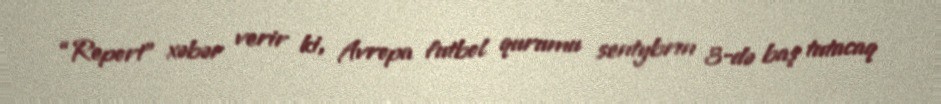
“Report” xəbər verir ki, Avropa futbol qurumu sentybrın 3-də baş tutacaq